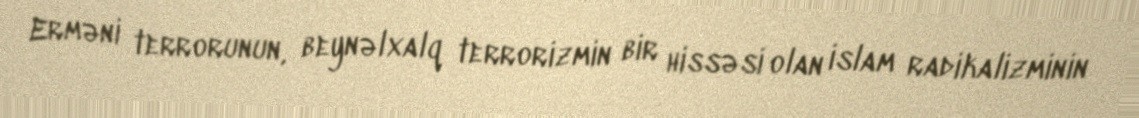
Erməni terrorunun, beynəlxalq terrorizmin bir hissəsi olan islam radikalizminin